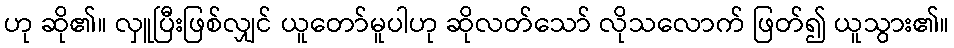
ဟု ဆို၏။ လှူပြီးဖြစ်လျှင် ယူတော်မူပါဟု ဆိုလတ်သော် လိုသလောက် ဖြတ်၍ ယူသွား၏။